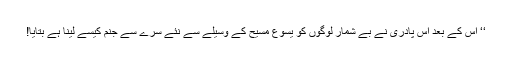
‘‘ اُس کے بعد اُس پادری نے بے شمار لوگوں کو یسوع مسیح کے وسیلے سے نئے سرے سے جنم کیسے لینا ہے بتایا!